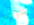
مرتب